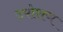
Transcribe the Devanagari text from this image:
उपोशण